Vaccination United Provinces of Agra and Oudh 1923-1928 - 1923-1928
Year: 1923
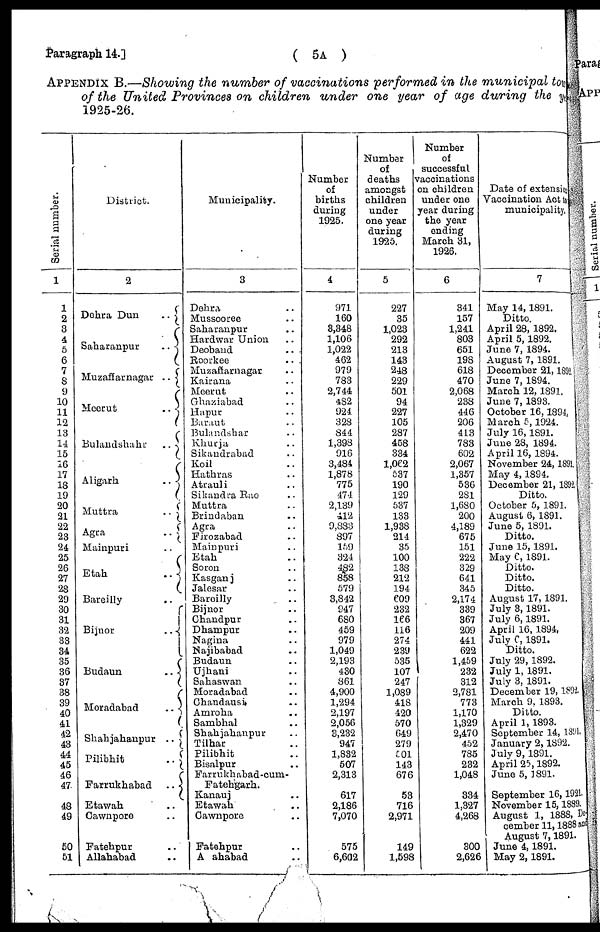
Paragraph 14.]
( 5A )
APPENDIX B.—Showing the number of vaccinations performed in the municipal to
of the United Provinces on children under one year of age during the year
1925-26.
Serial number.
1
1
2
3
4
5
6
7
8
9
10
11
12
13
14
15
16
17
18
19
20
21
22
23
24
25
26
27
28
29
30
31
32
33
34
35
36
37
38
39
40
41
42
43
44
45
46
47
48
49
50
51
District.
2
Dehra Dun
..
Saharanpur
..
Muzaffarnagar ..
Meerut
..
Bulandshahr
..
Aligarh
..
Muttra
..
Agra
..
Mainpuri ..
Etah
..
Bareilly ..
Bijnor
..
Budaun
..
Moradabad
..
Shahjahanpur ..
Pilibhit
..
Farrukhabad
..
Etawah ..
Cawnpore ..
Fatehpur ..
Allahabad ..
Municipality.
3
Dehra ..
Mussooree ..
Saharanpur ..
Hardwar Union ..
Deoband
..
Roorkee
..
Muzaffarnagar ..
Kairana ..
Meerut ..
Ghaziabad ..
Hapur ..
Baraut ..
Bulandshar ..
Khurja ..
Sikandrabad ..
Koil ..
Hathras ..
Atrauli ..
Sikandra Rao ..
Muttra ..
Brindaban ..
Agra ..
Firozabad
Mainpuri ..
Etah ..
Soron ..
Kasganj ..
Jalesar ..
Bareilly ..
Bijnor ..
Chandpur ..
Dhampur ..
Nagina ..
Najibabad ..
Budaun ..
Ujhani ..
Sahaswan ..
Moradabad ..
Chandausi ..
Amroha ..
Sambhal ..
Shahjahanpur ..
Tilhar ..
Pilibhit ..
Bisalpur ..
Farrukhabad-cum-
Fatehgarh.
Kananj ..
Etawah ..
Cawnpore ..
Fatehpur ..
Allahabad ..
Number
of
births
during
1925.
4
971
160
3,348
1,106
1,022
462
979
783
2,744
482
924
328
844
1,398
916
3,484
1,878
775
474
2,139
412
9,883
897
159
324
482
858
579
3,842
947
680
459
979
1,049
2,193
430
861
4,900
1,294
2,197
2,056
3,232
947
1,832
507
2,313
617
2,186
7,070
575
6,602
Number
of
deaths
amongst
children
under
one year
during
1925.
5
227
35
1,023
292
213
143
248
229
501
94
227
105
287
458
334
1,062
537
190
129
537
133
1,938
214
35
100
138
212
194
609
232
166
116
274
239
535
107
247
1,089
418
420
570
649
279
501
143
676
53
716
2,971
149
1,598
Number
of
successful
vaccinations
on children
under one
year during
the year
ending
March 31,
1926.
6
341
157
1,241
803
651
198
618
470
2,068
238
446
206
413
783
602
2,067
1,357
536
281
1,680
200
4,189
675
151
222
329
641
345
2,174
339
367
209
441
622
1,459
232
312
2,781
773
1,170
1,329
2,470
452
785
232
1,048
334
1,327
4,268
300
2,626
Date of extension
Vaccination Act to
municipality.
7
May 14,1891.
Ditto.
April 28,1892.
April 5, 1892.
June 7, 1894.
August 7, 1891.
December 21,1892
June 7, 1894.
March 12, 1891.
June 7, 1893.
October 16,1894.
March 5,1924.
July 16,1891.
June 28, 1894.
April 16, 1894.
November 24,1891.
May 4,1894.
December 21, 1892.
Ditto.
October 5, 1891.
August 6, 1891.
June 5, 1891.
Ditto.
June 15,1891.
May 6, 1891.
Ditto.
Ditto.
Ditto.
August 17,1891.
July 3,1891.
July 6,1891.
April 16, 1894,
July 6, 1891.
Ditto.
July 29, 1892.
July 1, 1891.
July 3, 1891.
December 19, 1892.
March 9, 1893.
Ditto.
April 1, 1893.
September 14, 1891.
January 2,1892.
July 9, 1891.
April 25,1892.
June 5, 1891.
September 16,1921.
November 15,1889.
August 1, 1888, De-
cember 11,1888 and
August 7,1891.
June 4,1891.
May 2,1891.